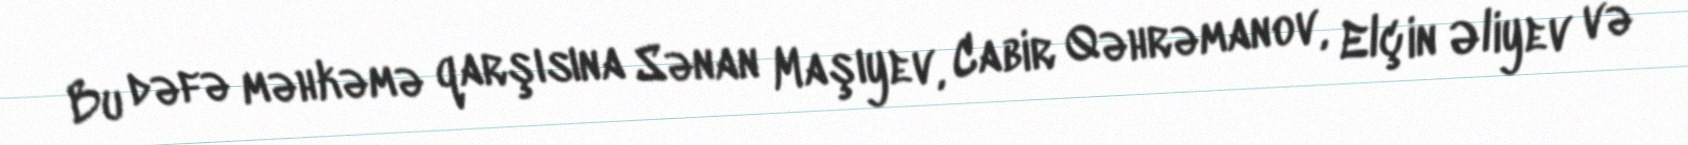
Bu dəfə məhkəmə qarşısına Sənan Maşıyev, Cabir Qəhrəmanov, Elçin Əliyev və